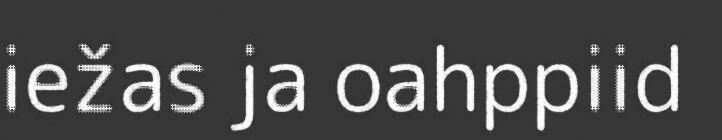
iežas ja oahppiid